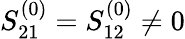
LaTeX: S_{21}^{(0)}=S_{12}^{(0)}\neq 0